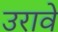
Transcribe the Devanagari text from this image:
उरावे